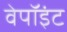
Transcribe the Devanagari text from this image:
वेपॉइंट